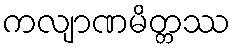
ကလျာဏမိတ္တဿ